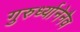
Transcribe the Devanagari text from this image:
गुरुर्ध्यानेनैव